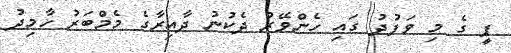
ޕީ ގެ މި ވަފުދު ގައި ހެންވޭރު ދެކުނު ދާއިރާގެ މެމްބަރު ހާމިދު